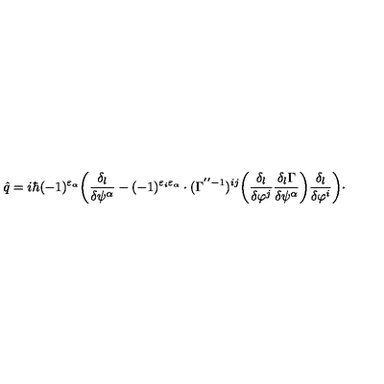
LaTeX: \hat { q } = i \hbar ( - 1 ) ^ { \varepsilon _ { \alpha } } \bigg ( \frac { \delta _ { l } } { \delta \psi ^ { \alpha } } - ( - 1 ) ^ { \varepsilon _ { i } \varepsilon _ { \alpha } } \cdot ( \Gamma ^ { ' ^ { \prime } - 1 } ) ^ { i j } \bigg ( \frac { \delta _ { l } } { \delta \varphi ^ { j } } \frac { \delta _ { l } \Gamma } { \delta \psi ^ { \alpha } } \bigg ) \frac { \delta _ { l } } { \delta \varphi ^ { i } } \bigg ) \cdot